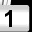
Digit: 1